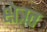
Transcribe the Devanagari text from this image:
क्षेत्रत